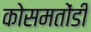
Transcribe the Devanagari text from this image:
कोसमतोंडी